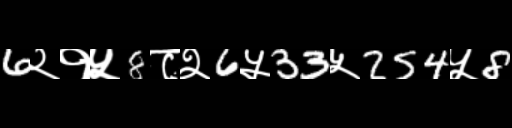
Text: 6२१५8८२6५33५254५8